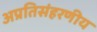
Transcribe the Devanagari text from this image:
अप्रतिसंहरणीय